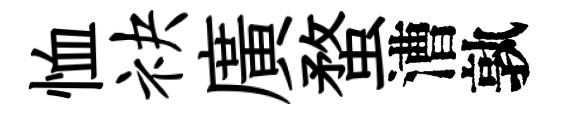
恤袂廣蝥漕孰